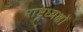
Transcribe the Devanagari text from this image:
राष्ट्रध्यक्षों